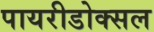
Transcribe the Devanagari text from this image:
पायरीडोक्सल